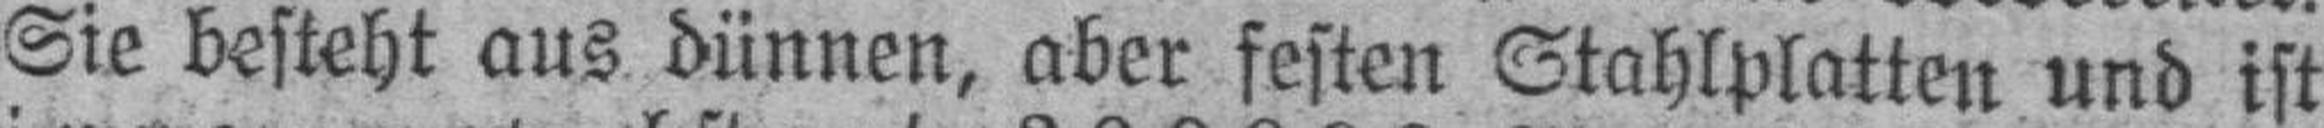
Sie besteht aus dünnen, aber festen Stahlplatten und ist